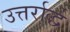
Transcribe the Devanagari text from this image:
उत्तर्रार्द्ध